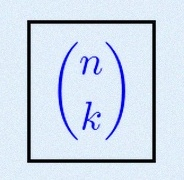
\binom{n}{k}